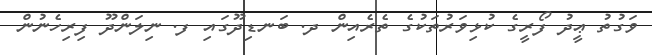
ވަގުތު ޢީދު ފޯރީގެ ކުޅިވަރުތަކުގެ ތެރެއިން ދ. ބަނޑިދޫގައި ފ. ނިލަންދޫ ފިރިހެނުން